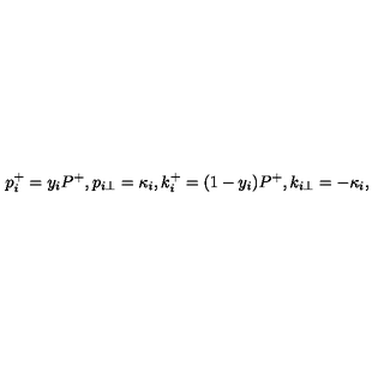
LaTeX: p _ { i } ^ { + } = y _ { i } P ^ { + } , p _ { i \perp } = \kappa _ { i } , k _ { i } ^ { + } = ( 1 - y _ { i } ) P ^ { + } , k _ { i \perp } = - \kappa _ { i } ,